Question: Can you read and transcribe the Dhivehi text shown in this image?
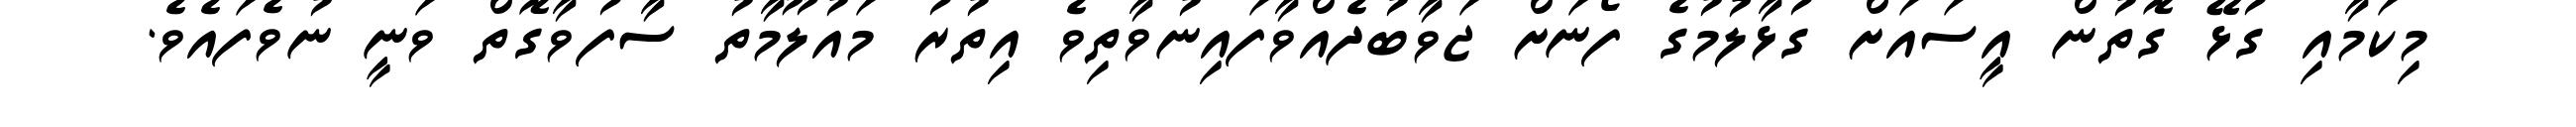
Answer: މިކަމާއި ގުޅޭ ގޮތުން އީސައަށް ގުޅާލުމުގެ ފޯނަށް ޖަވާބުދެއްވާފައިނުވާތިވެ އިތުރު މައުލޫމާތު ސާފުވާގޮތް ވަނީ ނުވެފައެވެ.